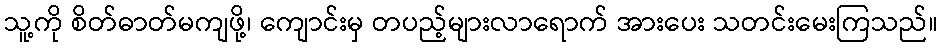
သူ့ကို စိတ်ဓာတ်မကျဖို့၊ ကျောင်းမှ တပည့်များလာရောက် အားပေး သတင်းမေးကြသည်။